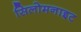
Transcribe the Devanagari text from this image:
सिलोमनाइट